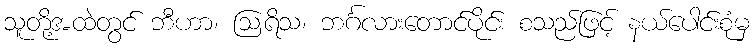
သူတို့အထဲတွင် ဘီဟာ၊ ဩရိသ၊ ဘင်္ဂလားတောင်ပိုင်း စသည်ဖြင့် နယ်ပေါင်းစုံမှ